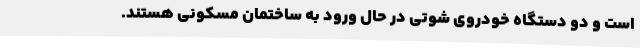
است و دو دستگاه خودروی شوتی در حال ورود به ساختمان مسکونی هستند.